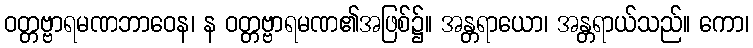
ဝတ္တဗ္ဗာရမဏဘာဝေန၊ န ဝတ္တဗ္ဗာရမဏ၏အဖြစ်၌။ အန္တရာယော၊ အန္တရာယ်သည်။ ကော၊